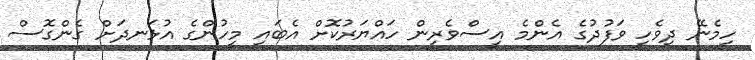
ހިމެނޭ ދިވެހި ވަފުދުގެ އެންމެ އިސްވެރިން ހައްޔަރުކޮށް އެބައި މީހުންގެ އުޅަނދަށް ގެންގޮސް